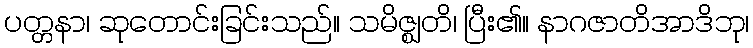
ပတ္တနာ၊ ဆုတောင်းခြင်းသည်။ သမိဇ္ဈတိ၊ ပြီး၏။ နာဂဇာတိအာဒိဘု၊